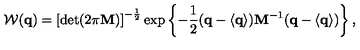
{ \cal W } ( { \bf q } ) = \left[ \det ( 2 \pi { \bf M } ) \right] ^ { - \frac 1 2 } \exp \left\{ - \frac 1 2 ( { \bf q } - \langle { \bf q } \rangle ) { \bf M } ^ { - 1 } ( { \bf q } - \langle { \bf q } \rangle ) \right\} ,